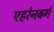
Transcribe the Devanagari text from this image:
एहरेनबर्ग